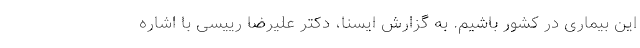
این بیماری در کشور باشیم. به گزارش ایسنا، دکتر علیرضا رییسی با اشاره